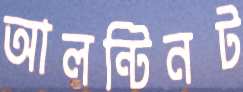
আলন্টিনট